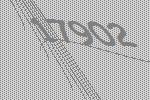
17902